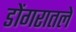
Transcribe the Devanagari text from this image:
डोंगरातले